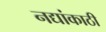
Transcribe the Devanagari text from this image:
नद्यांकाठी